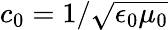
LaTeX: c_{0}=1/\sqrt{\epsilon_{0}\mu_{0}}